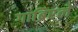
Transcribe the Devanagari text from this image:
गाब्रिएले